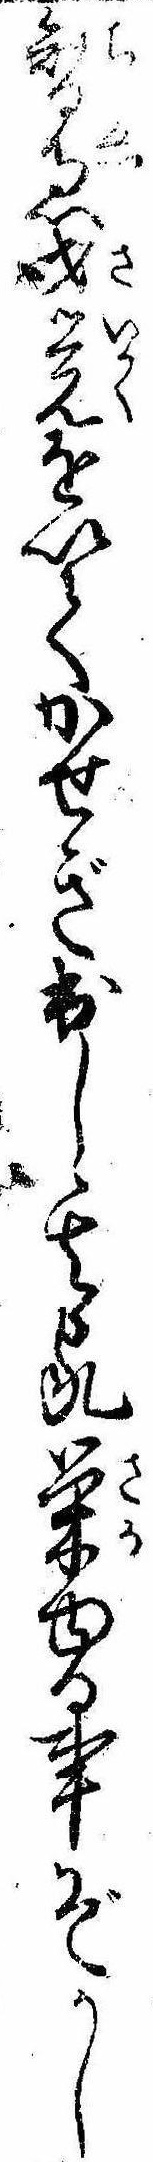
智恵才覚を以てかせぎ出し其家栄ゆる事ぞかし